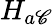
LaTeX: H_{a\mathscr{C}}